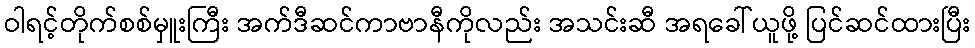
ဝါရင့်တိုက်စစ်မှူးကြီး အက်ဒီဆင်ကာဗာနီကိုလည်း အသင်းဆီ အရခေါ်ယူဖို့ ပြင်ဆင်ထားပြီး